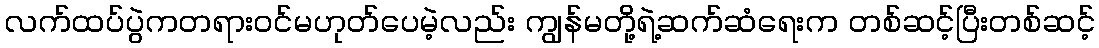
လက်ထပ်ပွဲကတရားဝင်မဟုတ်ပေမဲ့လည်း ကျွန်မတို့ရဲ့ဆက်ဆံရေးက တစ်ဆင့်ပြီးတစ်ဆင့်